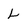
Character: L